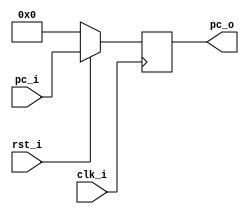
/***************************************************
Student Name: 
Student ID: 
***************************************************/

`timescale 1ns/1ps

module ProgramCounter(
    input				clk_i,
	input 				rst_i,
	input	   [32-1:0] pc_i,
	output reg [32-1:0] pc_o
	);
 
always @(posedge clk_i) begin
    if(~rst_i)
	    pc_o <= 0;
	else
	    pc_o <= pc_i;
end

endmodule